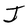
Character: J